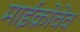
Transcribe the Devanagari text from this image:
माईक्रोवेव